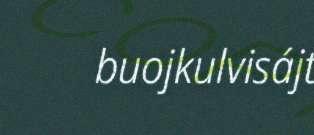
buojkulvisájt